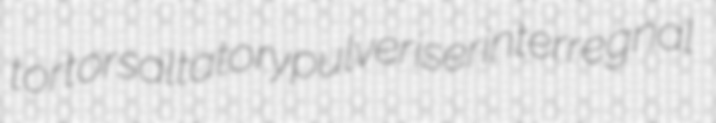
tortor saltatory pulveriser interregnal